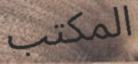
المكتب